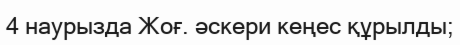
4 наурызда Жоғ. әскери кеңес құрылды;